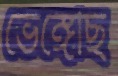
ভেঙ্গেছি